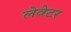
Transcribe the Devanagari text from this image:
लेवेटर